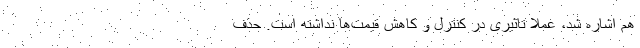
هم اشاره شد، عملا تاثیری در کنترل و کاهش قیمت‌ها نداشته است. حذف